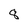
Character: 8